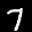
Label: 7